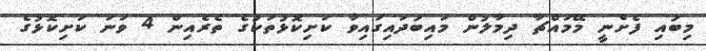
މިބައި ފެށެނީ މޭމައްޗާ ދިމާލުން މައިބަދައިގައިވާ ކަށިކޮޅުތަކުގެ ތެރެއިން 4 ވަނަ ކަށިކޮޅުގެ